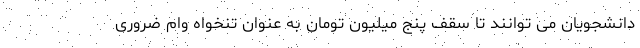
دانشجویان می توانند تا سقف پنج میلیون تومان به عنوان تنخواه وام ضروری